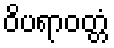
ဝိပရာဝတ္တံ